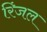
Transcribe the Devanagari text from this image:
रिंजल